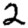
Digit: 2